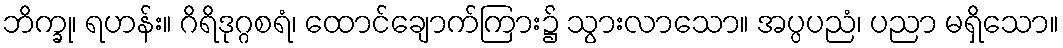
ဘိက္ခု၊ ရဟန်း။ ဂိရိဒုဂ္ဂစရံ၊ ထောင်ချောက်ကြား၌ သွားလာသော။ အပ္ပပညံ၊ ပညာ မရှိသော။